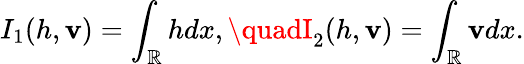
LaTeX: I_{1}(h,\mathbf{v})=\int_{\mathbb{R}}hdx,\quadI_{2}(h,\mathbf{v})=\int_{\mathbb{R}}\mathbf{v}dx.